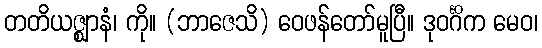
တတိယဇ္ဈာနံ၊ ကို။ (ဘာဇေသိ) ဝေဖန်တော်မူပြီ။ ဒုဝင်္ဂိက မေဝ၊